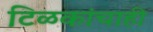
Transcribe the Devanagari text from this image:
टिळकांचाही